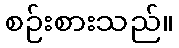
စဉ်းစားသည်။